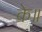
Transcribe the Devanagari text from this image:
के॥